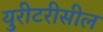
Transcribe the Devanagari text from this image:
युरीटरीसील